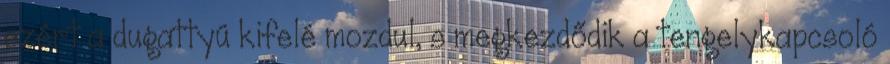
ezért a dugattyú kifelé mozdul, s megkezdődik a tengelykapcsoló